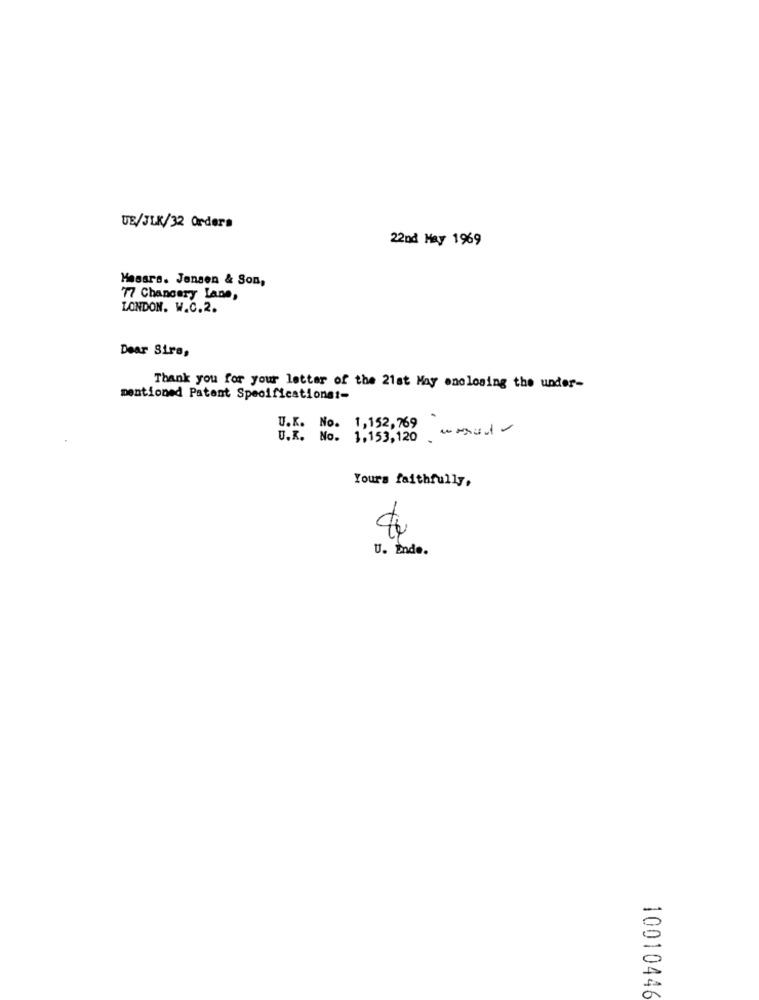
UE/JLK/32 Orders
22nd May 1969
Hessrs. Jensen & Son,
77 Chancery Lane,
LONDON. W.C.2.
Dear Sira,
Thank you for your letter of the 21st May enclosing the under-
mentioned Patent Specifications :-
U.K. No. 1,152, 769
U.K. No. 1,153,120
Yours faithfully,
U. Ende.
10010446